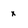
Character: x